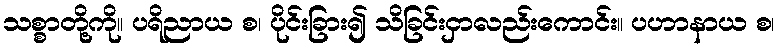
သစ္စာတို့ကို။ ပရိညာယ စ၊ ပိုင်းခြား၍ သိခြင်းငှာလည်းကောင်း။ ပဟာနာယ စ၊